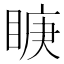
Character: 𭾿